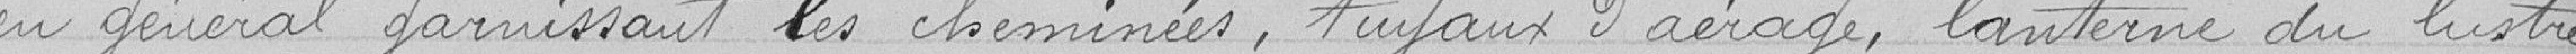
en général garnissant les cheminées, tuyaux d'aérage, lanterne du lustre,